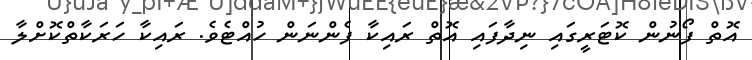
އޮތް ފޯނުން ކޮޓަރީގައި ނިދާފައި އޮތް ރައިކާ ފެންނަން ހުއްޓެވެ. ރައިކާ ހަރަކާތްކޮށްލާ